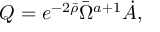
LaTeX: Q = e ^ { - 2 \bar { \rho } } \bar { \Omega } ^ { a + 1 } \dot { A } ,